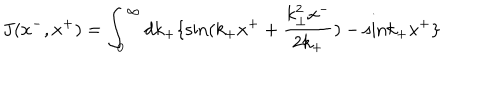
J ( x ^ { - } , x ^ { + } ) = \int _ { 0 } ^ { \infty } d k _ { + } \{ \mathrm { s i n } ( k _ { + } x ^ { + } + \frac { k _ { \bot } ^ { 2 } x ^ { - } } { 2 k _ { + } } ) - \mathrm { s i n } k _ { + } x ^ { + } \}